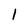
Character: l